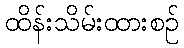
ထိန်းသိမ်းထားစဉ်